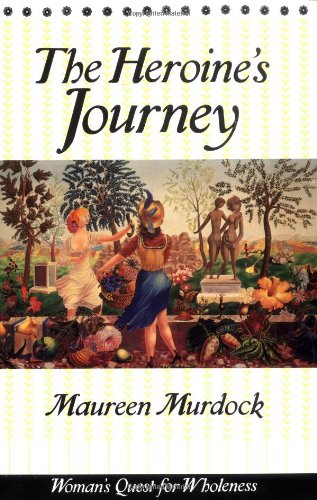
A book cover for The Heroine's Journey; Maureen Murdock; Politics & Social Sciences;